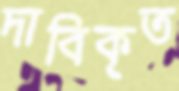
দাবিকৃত